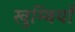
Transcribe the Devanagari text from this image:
खुम्बियाँ